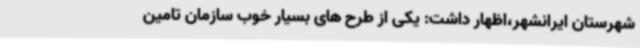
شهرستان ایرانشهر،اظهار داشت: یکی از طرح های بسیار خوب سازمان تامین